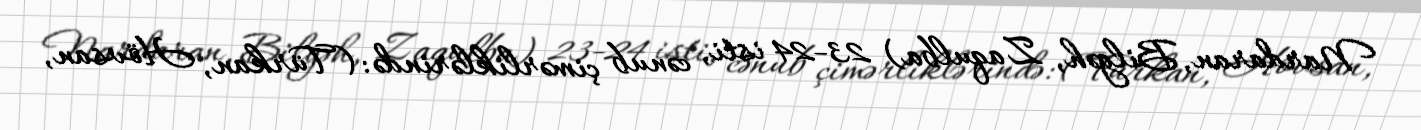
Nardaran, Bilgəh, Zaqulba) 23-24 isti, cənub çimərliklərində: (Türkan, Hövsan,